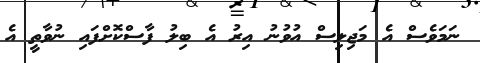
ނަމަވެސް އެ މަޖިލިސް އުވުނު އިރު އެ ބިލު ފާސްކޮށްފައި ނުވާތީ އެ